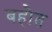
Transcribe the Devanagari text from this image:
बहौत